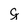
Character: g